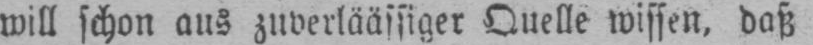
will schon aus zuverläässiger Quelle wissen, daß